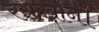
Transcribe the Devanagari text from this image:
रसखान।